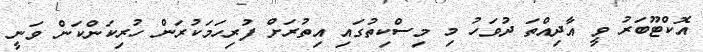
އޮކްޓޫބަރު ވީ އާދިއްތަ ދުވަހު މި މިސްކިތުގައި އިތުރަށް ފުރިހަމަކުރަން ހުރިކަންކަން ވަނީ